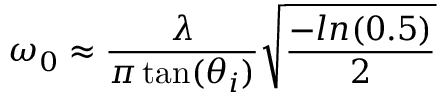
\omega _ { 0 } \approx \frac { \lambda } { \pi \tan ( \theta _ { i } ) } \sqrt { \frac { - l n ( 0 . 5 ) } { 2 } }